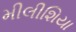
મીલીશિયા